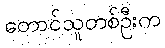
တောင်သူတစ်ဦးက